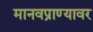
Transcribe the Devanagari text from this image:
मानवप्राण्यावर